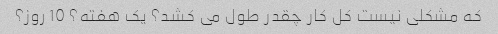
که مشکلی نیست کل کار چقدر طول می کشد؟ یک هفته؟ 10 روز؟